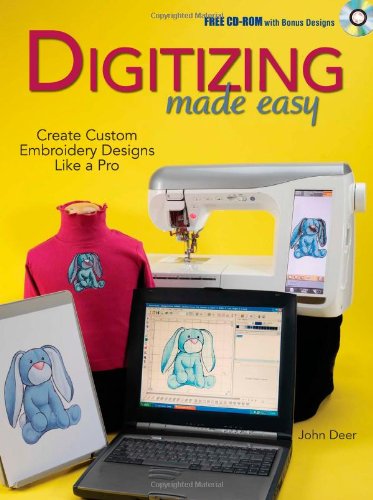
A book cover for Digitizing Made Easy: Create Custom Embroidery Designs Like a Pro; John Deer; Crafts, Hobbies & Home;